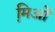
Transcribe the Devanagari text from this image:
मि़ओं